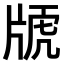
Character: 𤗕